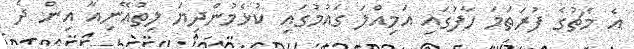
އެ މެޗުގެ ފުރަތަމަ ހާފުގައި އަމިއްލަ ގައުމުގައި ކުޅެމުންދިޔަ ލިތުއޭނިއާ އިން ދެ